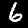
Label: 6